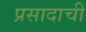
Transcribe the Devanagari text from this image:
प्रसादाची